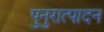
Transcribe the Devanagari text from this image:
पुनुरात्पादन